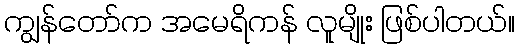
ကျွန်တော်က အမေရိကန် လူမျိုး ဖြစ်ပါတယ်။